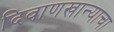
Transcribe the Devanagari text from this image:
दिवाणखान्याचा